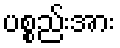
ပစ္စည်းအား